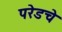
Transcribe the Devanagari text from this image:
परेडचे